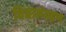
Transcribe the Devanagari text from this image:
विद्यासंग्रहण